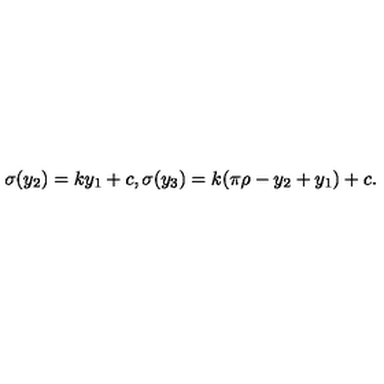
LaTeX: \sigma ( y _ { 2 } ) = k y _ { 1 } + c , \sigma ( y _ { 3 } ) = k ( \pi \rho - y _ { 2 } + y _ { 1 } ) + c . \,